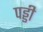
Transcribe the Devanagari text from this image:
पड्डी